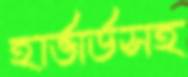
হার্ভার্ডসহ